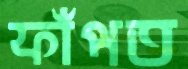
ফাঁপত